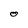
Character: O